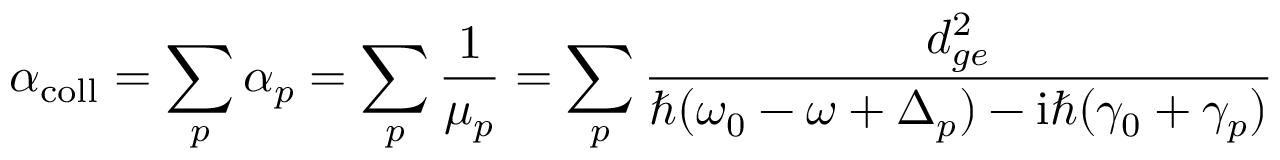
\alpha _ { \mathrm { c o l l } } = \sum _ { p } \alpha _ { p } = \sum _ { p } \frac { 1 } { \mu _ { p } } = \sum _ { p } \frac { d _ { g e } ^ { 2 } } { \hbar ( \omega _ { 0 } - \omega + \Delta _ { p } ) - \mathrm { i } \hbar ( \gamma _ { 0 } + \gamma _ { p } ) }